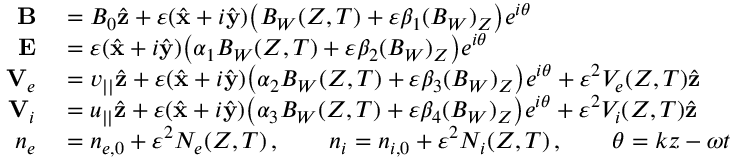
\begin{array} { r l } { { \bf B } } & { { } = B _ { 0 } \hat { \bf z } + \varepsilon ( \hat { \bf x } + i \hat { \bf y } ) \big ( B _ { W } ( Z , T ) + \varepsilon \beta _ { 1 } ( B _ { W } ) _ { Z } \big ) e ^ { i \theta } } \\ { { \bf E } } & { { } = \varepsilon ( \hat { \bf x } + i \hat { \bf y } ) \big ( \alpha _ { 1 } B _ { W } ( Z , T ) + \varepsilon \beta _ { 2 } ( B _ { W } ) _ { Z } \big ) e ^ { i \theta } } \\ { { \bf V } _ { e } } & { { } = v _ { | | } \hat { \bf z } + \varepsilon ( \hat { \bf x } + i \hat { \bf y } ) \big ( \alpha _ { 2 } B _ { W } ( Z , T ) + \varepsilon \beta _ { 3 } ( B _ { W } ) _ { Z } \big ) e ^ { i \theta } + \varepsilon ^ { 2 } V _ { e } ( Z , T ) \hat { \bf z } } \\ { { \bf V } _ { i } } & { { } = u _ { | | } \hat { \bf z } + \varepsilon ( \hat { \bf x } + i \hat { \bf y } ) \big ( \alpha _ { 3 } B _ { W } ( Z , T ) + \varepsilon \beta _ { 4 } ( B _ { W } ) _ { Z } \big ) e ^ { i \theta } + \varepsilon ^ { 2 } V _ { i } ( Z , T ) \hat { \bf z } } \\ { n _ { e } } & { { } = n _ { e , 0 } + \varepsilon ^ { 2 } N _ { e } ( Z , T ) \, , \qquad n _ { i } = n _ { i , 0 } + \varepsilon ^ { 2 } N _ { i } ( Z , T ) \, , \qquad \theta = k z - \omega t } \end{array}